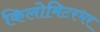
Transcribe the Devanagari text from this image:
किलोमिटरभर